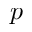
p